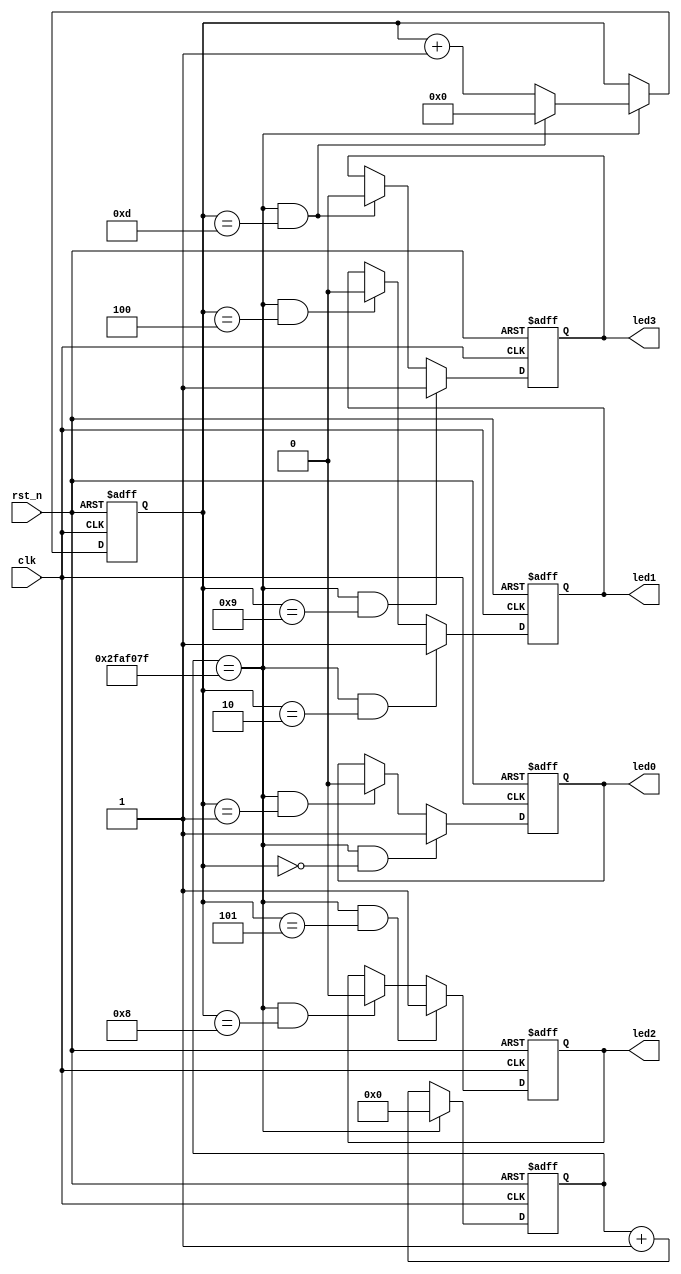
//
//
module huxiled(
	 
	 clk ,
	 rst_n ,
	 led0 ,
	 led1 ,
	 led2,
	 led3

);

//
input           clk      ;
input           rst_n    ;
output          led0     ;
output          led1     ;
output          led2     ;
output          led3     ;

//
reg             led0     ;
reg             led1     ;
reg             led2     ;
reg             led3     ;


//1s
reg   [25:0]    cnt0     ;
wire            add_cnt0 ;
wire            end_cnt0 ;

//14s
reg   [3:0]     cnt1     ;
wire            add_cnt1 ;
wire            end_cnt1 ;


//  1s
//  50M20ns 
//  1s = 2X10^9 ns
//  50_000_0001s

always@(posedge clk or negedge rst_n)
begin
    if(!rst_n) begin 
        cnt0 <= 0 ;
    end
    else if(add_cnt0) begin 
        if(end_cnt0)
            cnt0 <= 0 ;
        else 
            cnt0 <= cnt0 + 1 ;
    end
end

assign add_cnt0 = 1 ;
assign end_cnt0 = add_cnt0 && cnt0 == 50_000_000 -1 ;


//14s
//1s14s
//
always @(posedge clk or negedge rst_n) 
begin
    if(!rst_n) begin 
        cnt1<= 0 ;
    end 
    else if (add_cnt1) begin
         if(end_cnt1)
             cnt1 <= 0 ;
         else 
             cnt1 <= cnt1 + 1 ;
     end
end
//end_cnt011
assign add_cnt1 = end_cnt0 ;               
assign end_cnt1 = add_cnt1 && cnt1 == 14 - 1 ;


//LED0 1s2s
always  @(posedge clk or negedge rst_n)begin
    if(rst_n==1'b0)begin
        led0 <= 0;
    end
    else if(add_cnt1 && cnt1==1-1)begin
        led0 <= 1;
    end
    else if(add_cnt1 && cnt1==2-1)begin
        led0 <= 0;
    end
end

//LED1 3 5s

always  @(posedge clk or negedge rst_n)begin
    if(rst_n==1'b0)begin
        led1 <= 0;
    end
    else if(add_cnt1 && cnt1==3-1)begin
        led1 <= 1;
    end
    else if(add_cnt1 && cnt1==5-1)begin
        led1 <= 0;
    end
end

//LED2 6 9s
always  @(posedge clk or negedge rst_n)begin
    if(rst_n==1'b0)begin
        led2 <= 0;
    end
    else if(add_cnt1 && cnt1==6-1)begin
        led2 <= 1;
    end
    else if(add_cnt1 && cnt1==9-1)begin
        led2 <= 0;
    end
end

//LED3 10 14s
always  @(posedge clk or negedge rst_n)begin
    if(rst_n==1'b0)begin
        led3 <= 0;
    end
    else if(add_cnt1 && cnt1==10-1)begin
        led3 <= 1;
    end
    else if(end_cnt1)begin    //  end_cnt1 = add_cnt1 && cnt1 == 14 - 1 
        led3 <= 0;
    end
end


endmodule